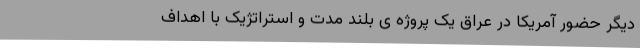
دیگر حضور آمریکا در عراق یک پروژه ی بلند مدت و استراتژیک با اهداف